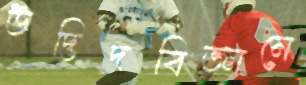
উদ্ভিদবিজ্ঞানে